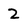
Character: Z